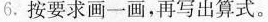
6..按要求画一画，再写出算式。